Tartu_pedagoogiumi_aruanded, lk 34
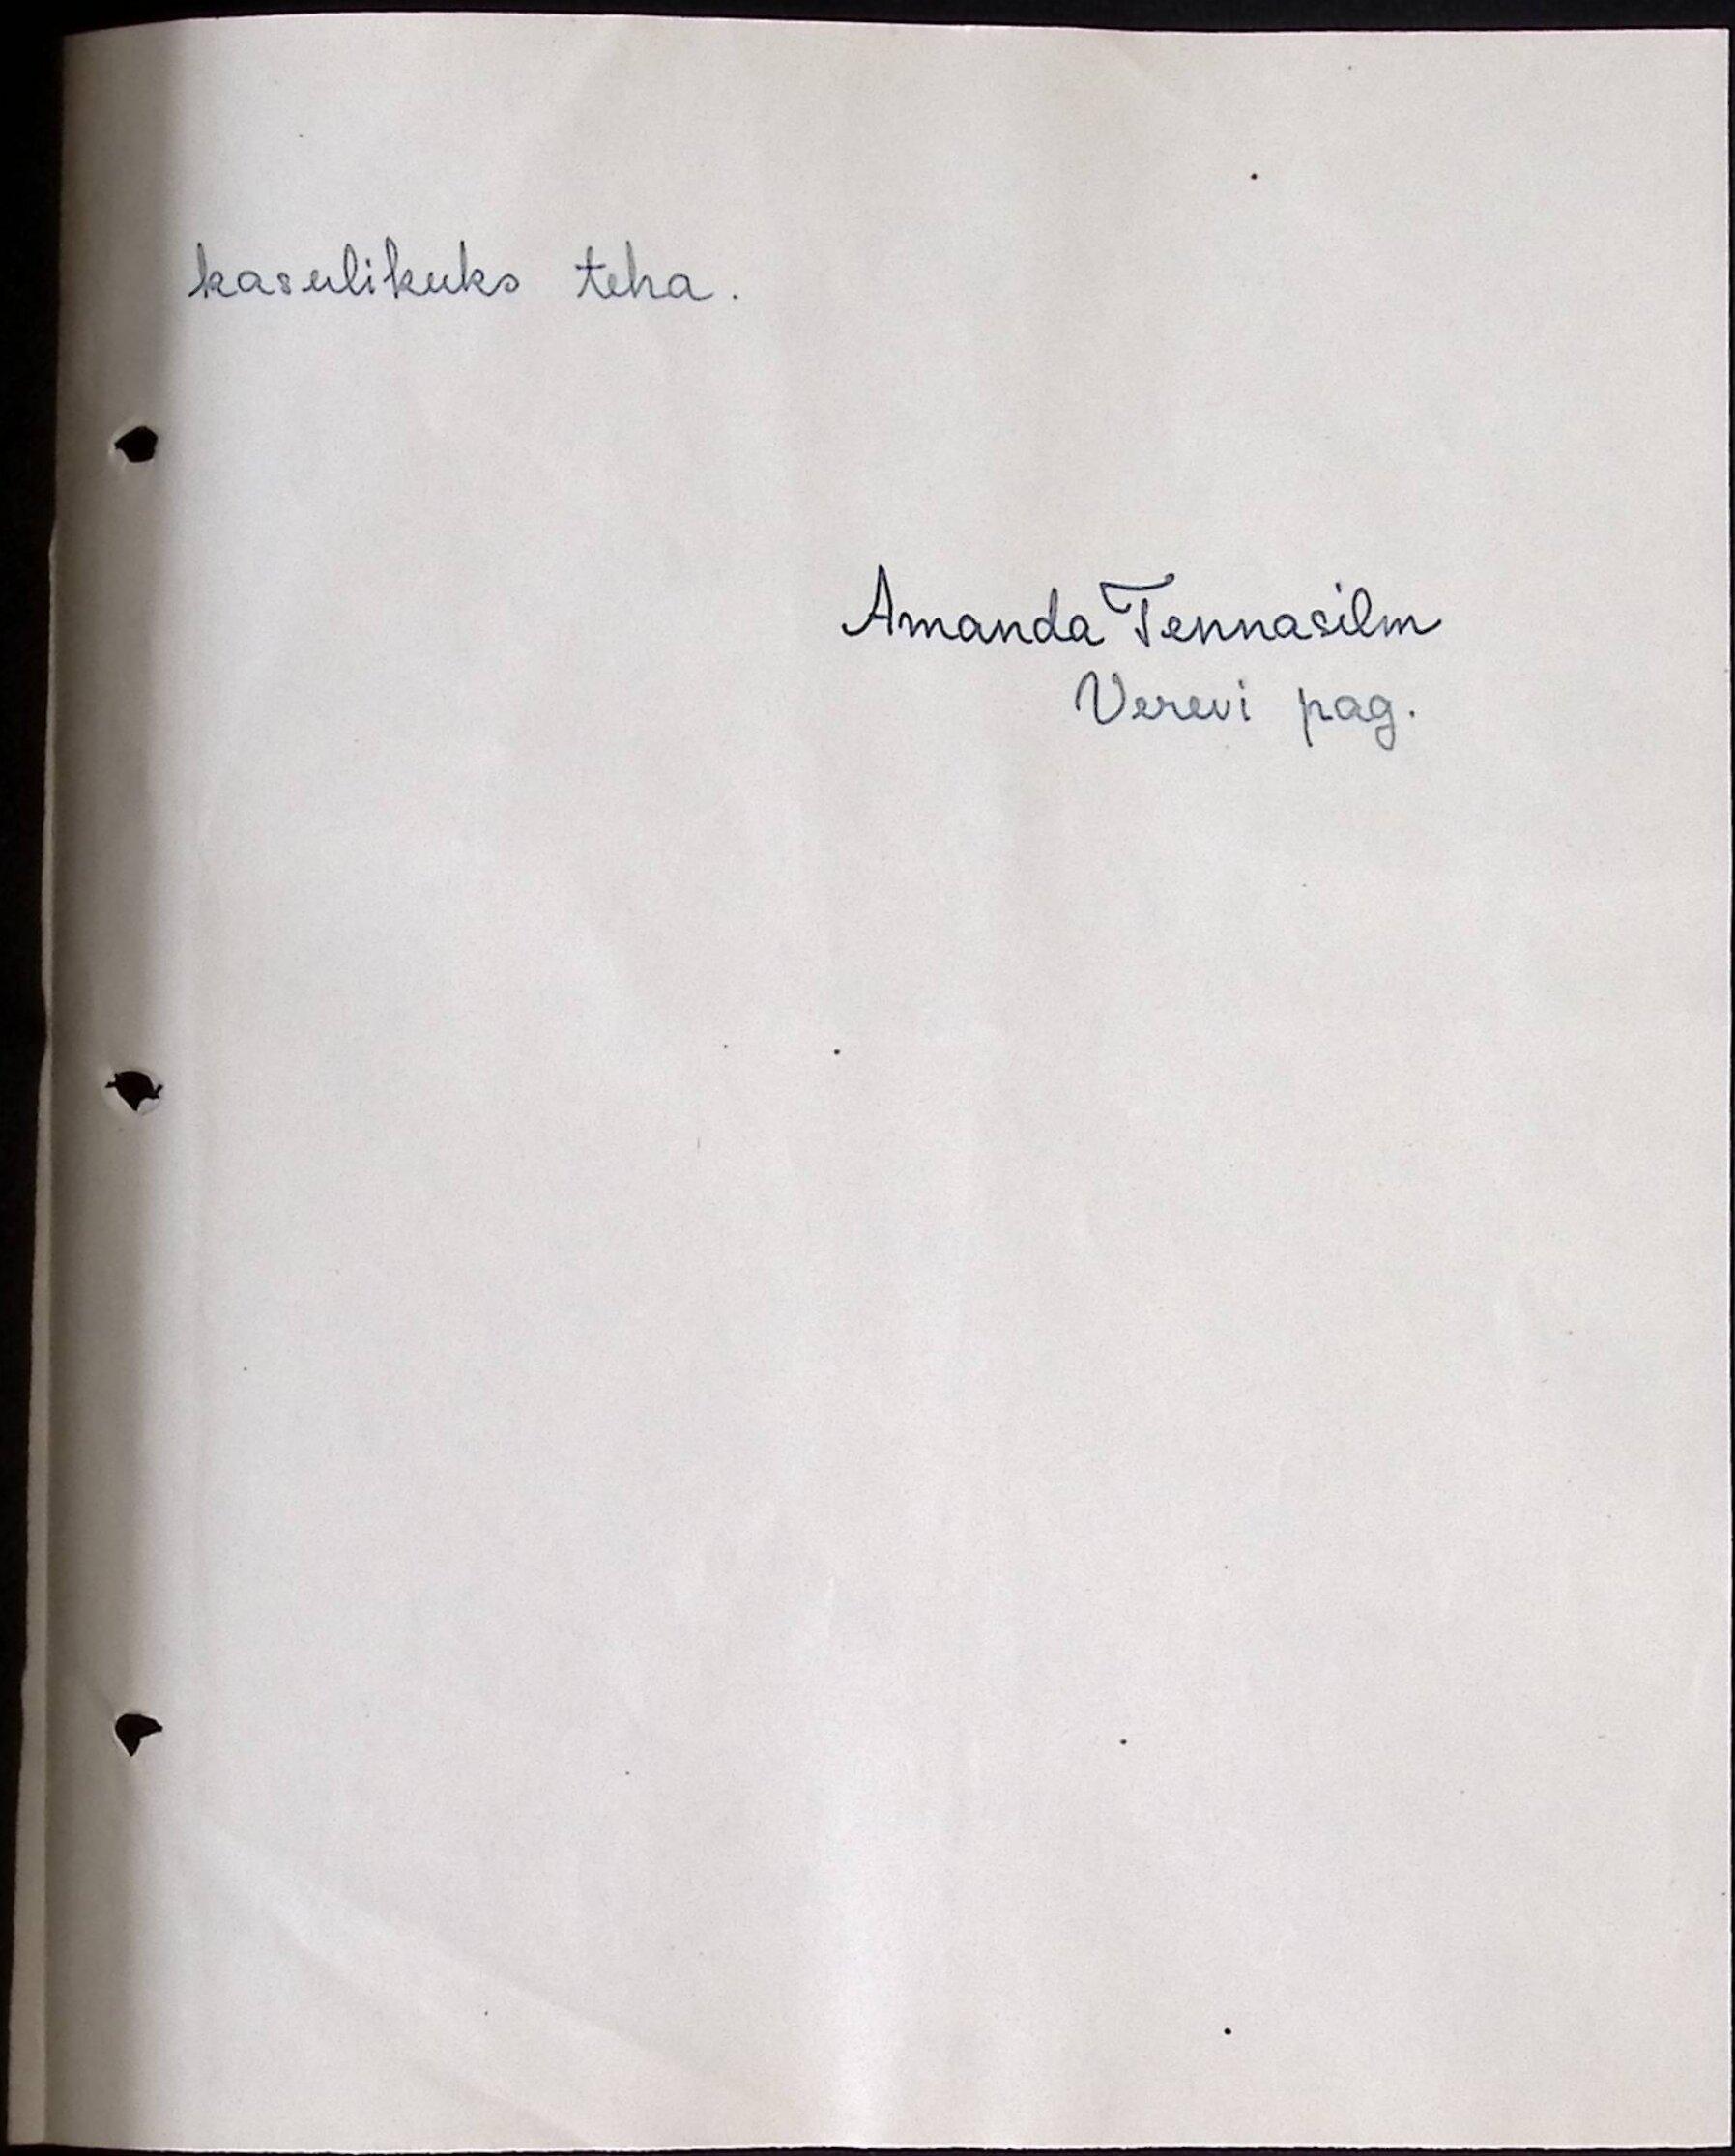
kasulikuks teha.
Amanda Tennasilm
Verevi pag.